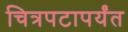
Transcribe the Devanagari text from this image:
चित्रपटापर्यंत